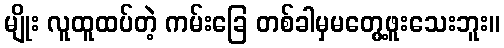
မျိုး လူထူထပ်တဲ့ ကမ်းခြေ တစ်ခါမှမတွေ့ဖူးသေးဘူး။